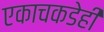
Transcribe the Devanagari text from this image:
एकाचकडेही